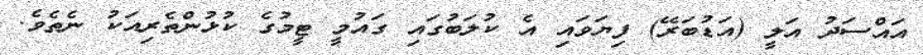
އައްސަދު އަލީ (އަޑުބަރޭ) ފިޔަވައި އެ ކުލަބުގައި ގައުމީ ޓީމުގެ ކުޅުންތެރިއަކު ނެތެވެ.